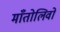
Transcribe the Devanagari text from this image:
माँतोलिवो